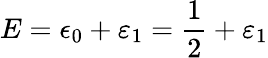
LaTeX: E=\epsilon_{0}+\varepsilon_{1}=\frac{1}{2}+\varepsilon_{1}